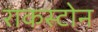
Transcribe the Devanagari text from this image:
राकस्टोन